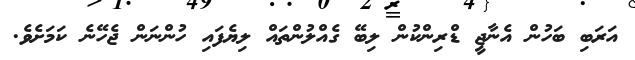
އަރަބި ބަހުން އެނާޖީ ޑްރިންކުން ލިބޭ ގެއްލުންތައް ލިޔެފައި ހުންނަން ޖެހޭނެ ކަމަށެވެ.